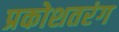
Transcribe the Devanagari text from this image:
प्रकोशतरंग